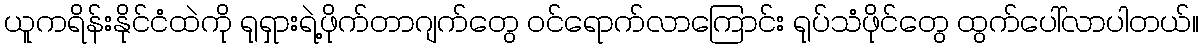
ယူကရိန်းနိုင်ငံထဲကို ရုရှားရဲ့ဖိုက်တာဂျက်တွေ ဝင်ရောက်လာကြောင်း ရုပ်သံဖိုင်တွေ ထွက်ပေါ်လာပါတယ်။